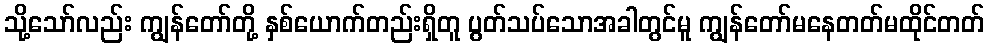
သို့သော်လည်း ကျွန်တော်တို့ နှစ်ယောက်တည်းရှိတူ ပွတ်သပ်သောအခါတွင်မူ ကျွန်တော်မနေတတ်မထိုင်တတ်